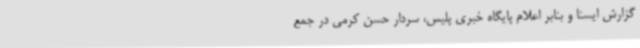
گزارش ایسنا و بنابر اعلام پایگاه خبری پلیس، سردار حسن کرمی در جمع